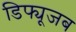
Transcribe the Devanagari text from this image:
डिफ्यूजब